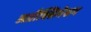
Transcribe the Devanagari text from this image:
अप्रौक्सिमेशन